Document type: Clause in a will
Year: 1320
Scribe: Francesc de Torre
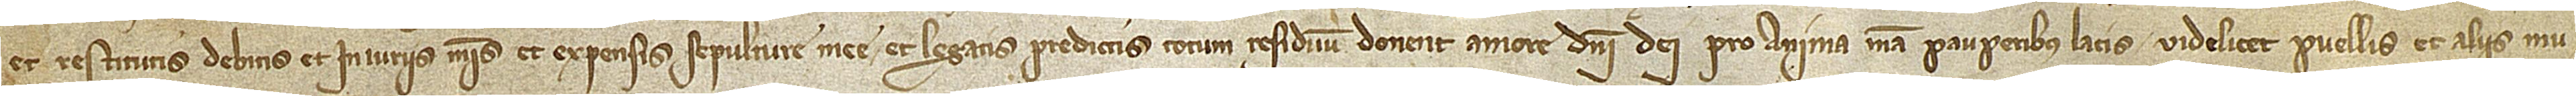
et restitutis debitis et iniuriis meis et expensis sepulture mee et legatis predictis totum residuum donent amore Domini Dei pro anima mea pauperibus latis, videlicet puellis et aliis mu-